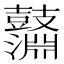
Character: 𪔱